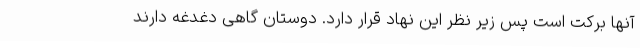
آنها برکت است پس زیر نظر این نهاد قرار دارد. دوستان گاهی دغدغه دارند